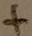
Text: +